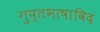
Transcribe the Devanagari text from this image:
गुप्तभाषाविद